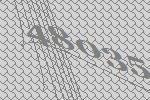
48035